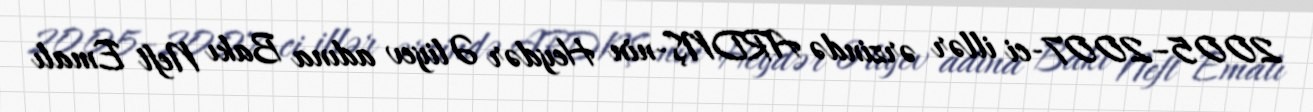
2005–2007-ci illər ərzində ARDNŞ-nin Heydər Əliyev adına Bakı Neft Emalı